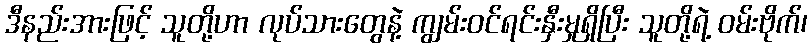
ဒီနည်းအားဖြင့် သူတို့ဟာ လုပ်သားတွေနဲ့ ကျွမ်းဝင်ရင်းနှီးမှုရှိပြီး သူတို့ရဲ့ ဝမ်းဗိုက်၊